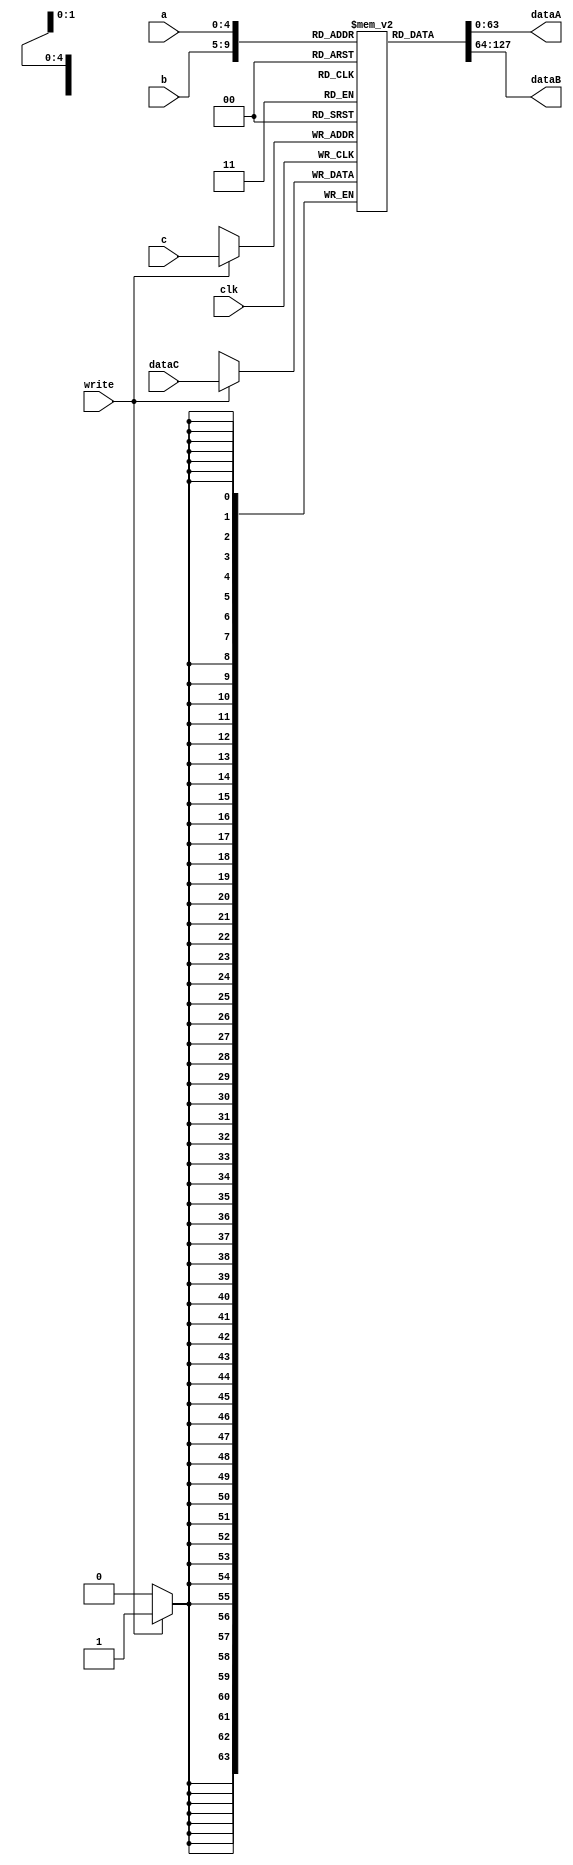
module RegisterBank(
		input write, clk,
		input [4:0] a,b,c,
		input [63:0] dataC,
		output [63:0] dataA, dataB 
	);

	reg [63:0] R[31:0];
	assign	dataA = R[a];
	assign	dataB = R[b];

	integer i;
	initial begin
		R[31] = 0;
		for (i=0;i<31;i = i +1 ) begin
			R[i] = i;
		end
	end

	
	
	always @(posedge clk)
	begin			

			if (write == 1)
			begin
				R[c] = dataC;
			end
	end
endmodule